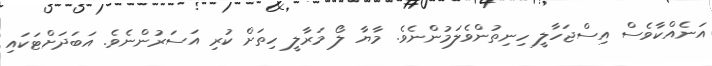
އަނެއްކާވެސް އިސްޖަހާލީ ހިނިތުންވެލަމުންނެވެ. މާޔާ ލޯ މަރާލީ ހިތަށް ކުރި އަސަރުންނެވެ. އަބަދަށްޓަކައި